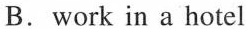
B.work in a hotel